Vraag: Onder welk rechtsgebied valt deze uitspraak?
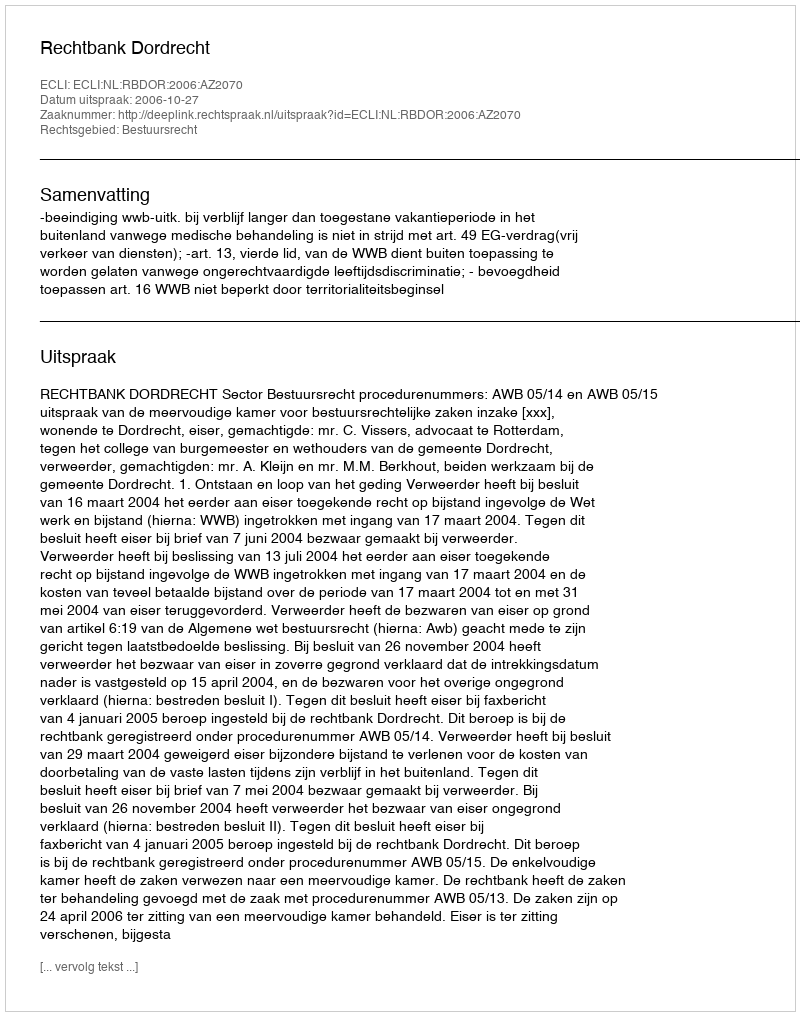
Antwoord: Bestuursrecht